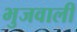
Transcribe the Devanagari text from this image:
भुजवाली